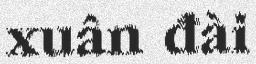
xuân đài